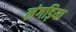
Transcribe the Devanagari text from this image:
लंगड़िया